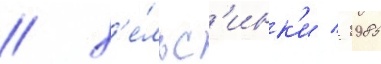
/ х'е́льс'инк'и / 1985